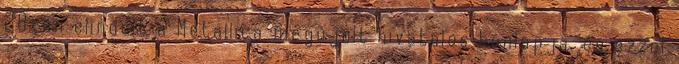
28-án elindult a Metallica megújult hivatalos honlapja, és ezzel